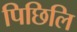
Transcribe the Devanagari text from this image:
पिछिलि